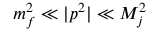
m _ { f } ^ { 2 } \ll | p ^ { 2 } | \ll M _ { j } ^ { 2 }